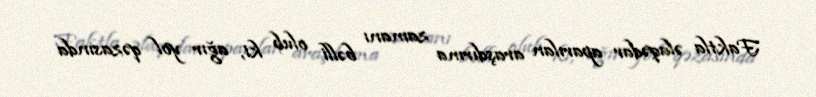
Faktla əlaqədar aparılan araşdırma zamanı bəlli olub ki, ağır yol qəzasında